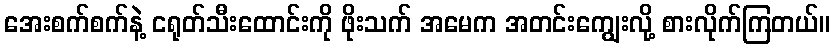
အေးစက်စက်နဲ့ ငရုတ်သီးထောင်းကို ဖိုးသက် အမေက အတင်းကျွေးလို့ စားလိုက်ကြတယ်။